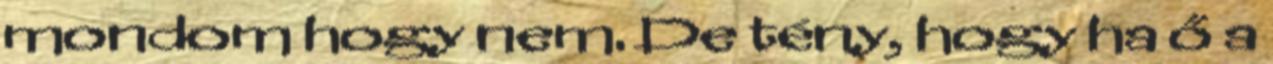
mondom hogy nem. De tény, hogy ha ő a